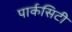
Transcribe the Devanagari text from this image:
पार्कसिटी